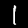
Digit: 1